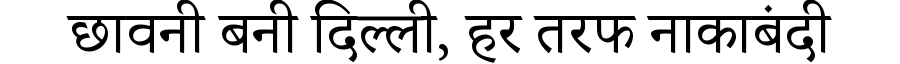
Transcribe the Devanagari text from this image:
छावनी बनी दिल्ली, हर तरफ नाकाबंदी